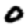
Digit: 0